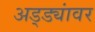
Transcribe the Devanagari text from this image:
अड्ड्यांवर